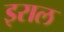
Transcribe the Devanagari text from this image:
इराल